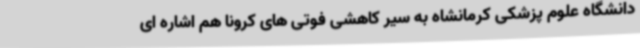
دانشگاه علوم پزشکی کرمانشاه به سیر کاهشی فوتی های کرونا هم اشاره ای